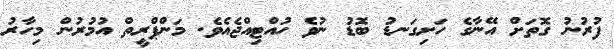
ފުރުނު ގޮތަށް އޭނާގެ ހަށިގަނޑު ބޮޑު ނުވެ ހުއްޓިއްޖެއެވެ. މަންޕްރީތް އުމުރުން މިހާރު